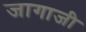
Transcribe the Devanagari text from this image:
जागाजी